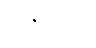
ထနယတိ